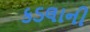
કડલાની